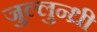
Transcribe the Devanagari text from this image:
जुल्लुन्ध्री